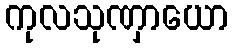
ကုလသုဏှာယော